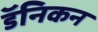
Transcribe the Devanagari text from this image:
डॅनिकन